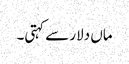
ماں دلار سے کہتی۔